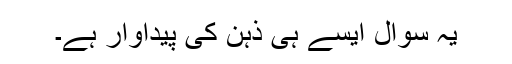
یہ سوال ایسے ہی ذہن کی پیداوار ہے۔